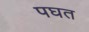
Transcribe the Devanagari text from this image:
पघत